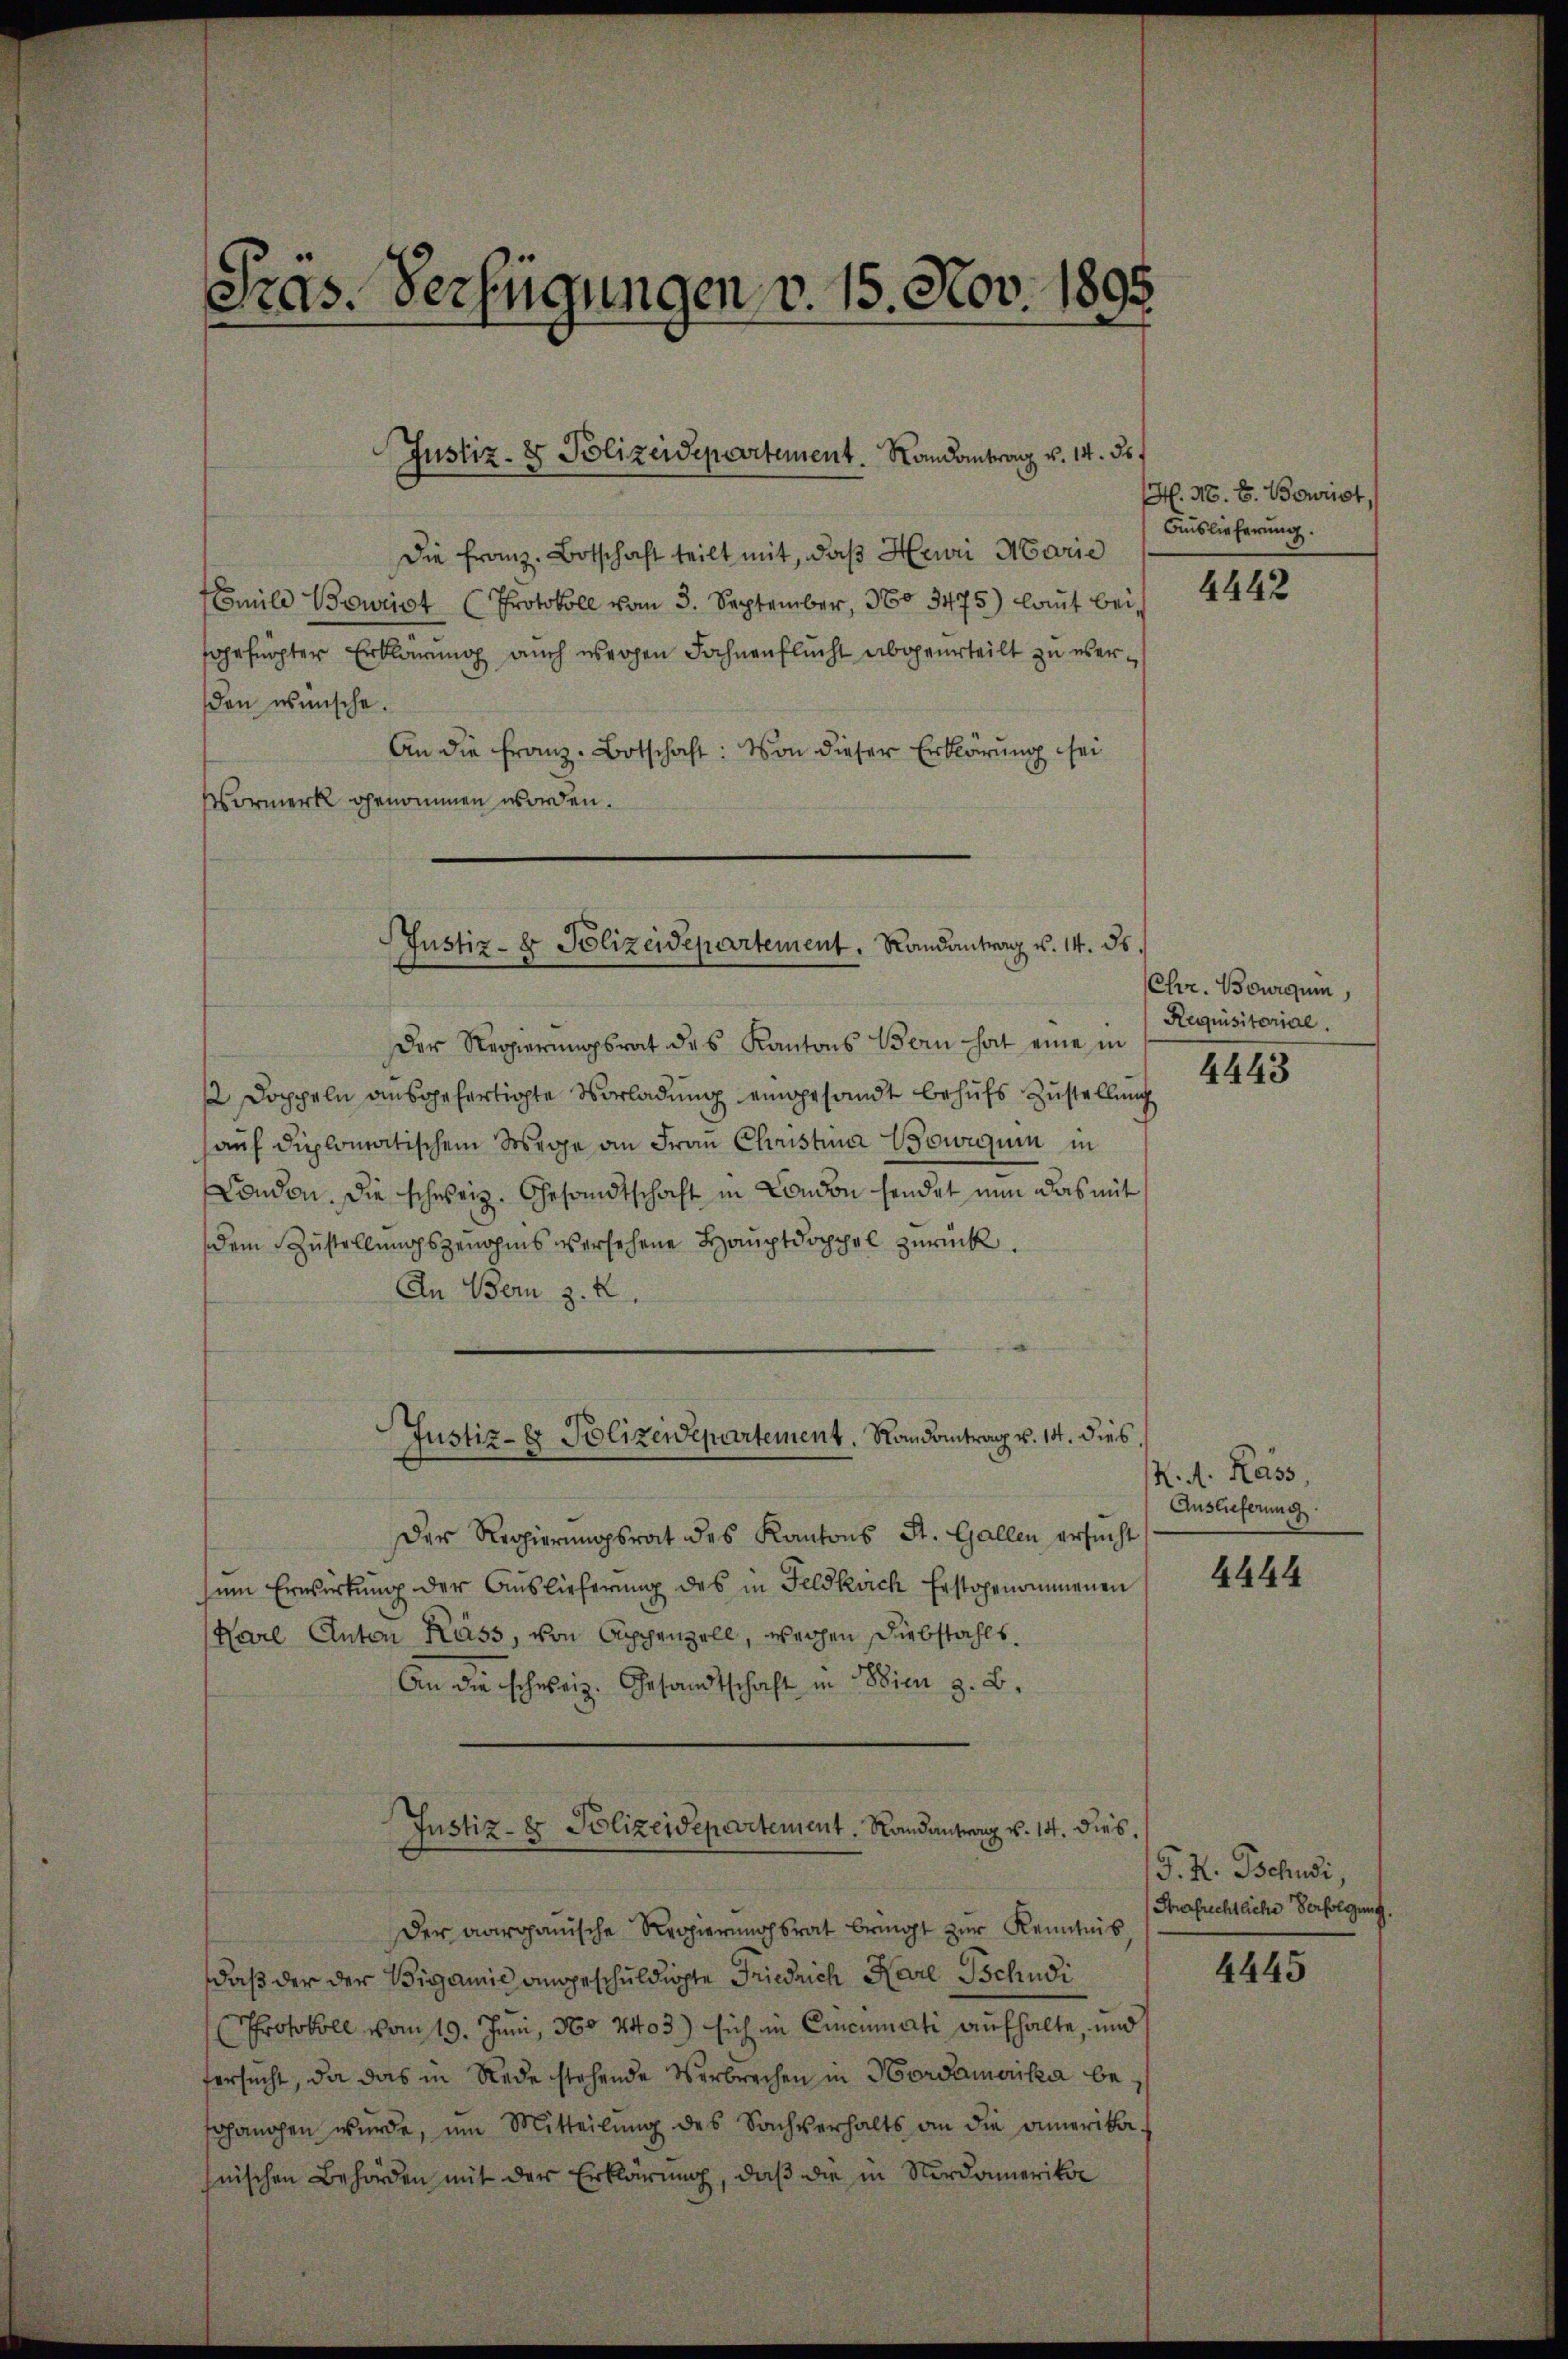
Pras. Verfügungen v. 15. Nov. 1898.

Justiz- & Polizeidepartement. Randantrag v. 14. 55.

Die Franz. Botschaft teilt mit, daß Heuri Marie
Emil Beweist (Protokoll vom 3. September, 360. 3475) laut bei
sgefügter Erklärung auch werden Fahnenflucht abgeurteilt zu überden wünsche.
An die Franz-Botschaft: Von dieser Erklärung sei
Vormerk genommen worden.

Justiz- & Polizeidepartement, Randantrag v. 14. 85.

Der Regierŭngsrat des Kantons Bern hat eine in
 Doppeln ausgefertigte Vorladung eingesandt behufs Zustellung
auf diplomatischem Wege an Frau Christina Bowiguin in
Condon. Die schweiz. Gesandtschaft in Condon sendet nun das mit
dem Zustellungsgenohms versehene Hauptdoppel zurück.
An Bern z. B.
Der Regierungsrat des Kantons St. Gallen ersucht
ŭm Erwirkung der Auslieferung des in Feldkrich Erstgenommenen
Karl Anton Kass, von Cappenzell, weichen Diebstahls.
An die schweiz. Gesandtschaft in Wien z. B.
Justiz- & Polizeidepartement, Randantrag v. 14. dies
der aargauische Regierungsrat bringt zur Kenntnis
daß der der Bigamie angeschuldigte Friedrich Karl Tschudi
Protokoll vom 19. Juni, No 4403) sich in Cincinati aufhalte, und
fersucht, da das in Rede stehende Verbrechen in Hordamerika beschangen wŭrde, um Mitteilŭng des Sachverhalts an die amerika-
hnischen Behörden mit der Erklärung, daß die in Nordamerikor

Justiz- & Polizewepartement. Randantrag v. 14. dies

. M. E. Bourist,
Auslieferung.

4442

Chr. Bourqui
Requisitorial.

4443

K. A. Kass,
Auslieferung

4444

P. R. Tschudi,
Strafrechtliche Verfolgung.

4445